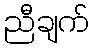
ညီချက်